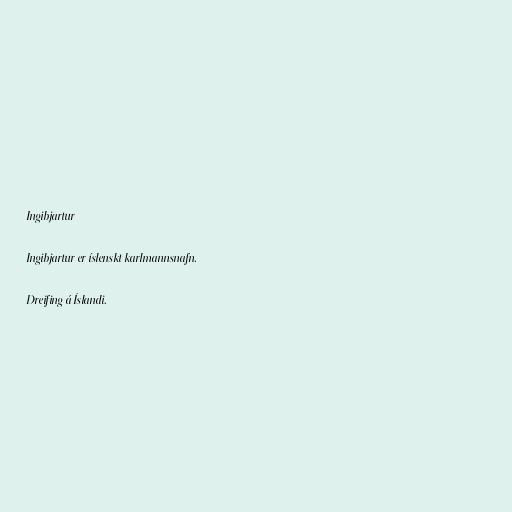
Ingibjartur

Ingibjartur er íslenskt karlmannsnafn.

Dreifing á Íslandi.